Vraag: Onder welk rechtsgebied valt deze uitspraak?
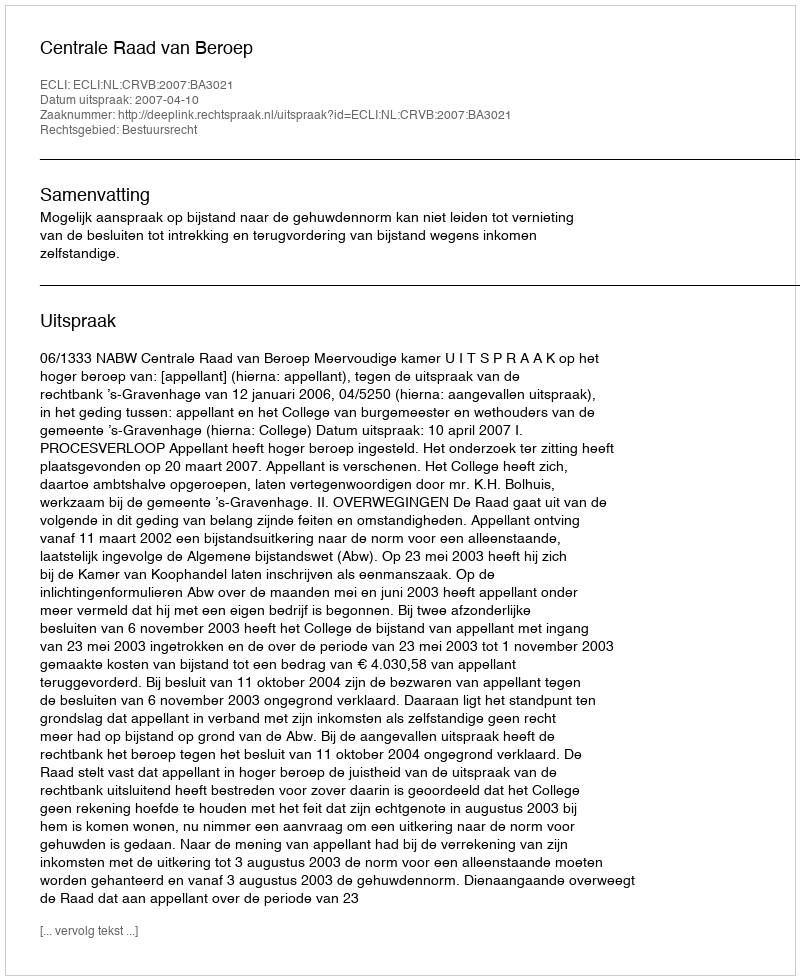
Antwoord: Bestuursrecht